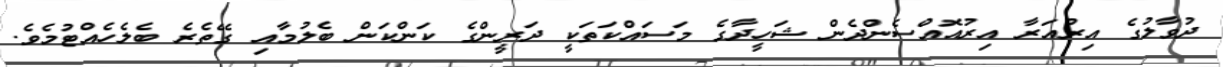
ދުވާލުގެ އިރުއަރާ އިރުއޮއްސެންދެން ޝަހީދާގެ މަސައްކަތަކީ ދަރީންގެ ކަންކަން ބެލުމާއި ގޭތެރެ ބެލެހެއްޓުމެވެ.